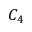
C _ { 4 }